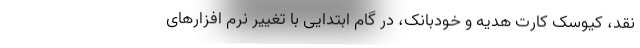
نقد، کیوسک کارت هدیه و خودبانک، در گام ابتدایی با تغییر نرم افزارهای